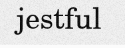
jestful